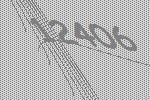
12406